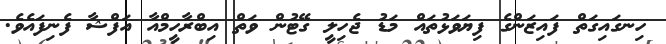
ހިނގައިގަތް ފައިޒަންގެ ފިޔަވަޅުތައް މަޑު ޖެހިލީ ގޭޓުން ވަތް އިބްރާހީމްއާ އަފްޝާ ފެނިފައެވެ.